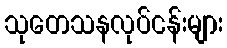
သုတေသနလုပ်ငန်းများ